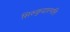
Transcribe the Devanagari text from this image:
सिरुकुदाल्पत्ति